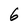
Character: 6